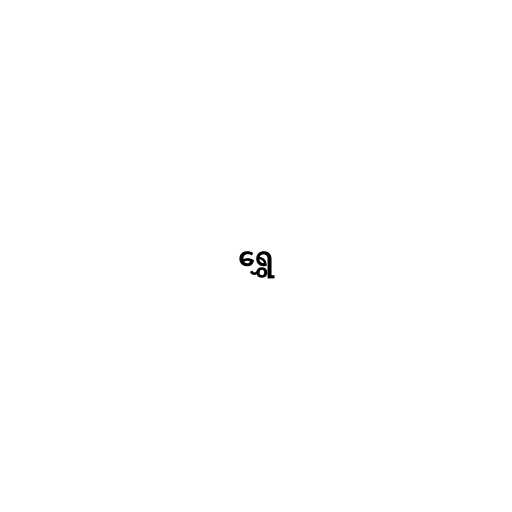
ရွှေ